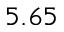
5 . 6 5